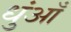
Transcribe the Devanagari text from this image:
धुंआँ